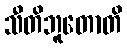
သီတိဘူတောတိ